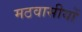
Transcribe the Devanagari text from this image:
मठवासीयों